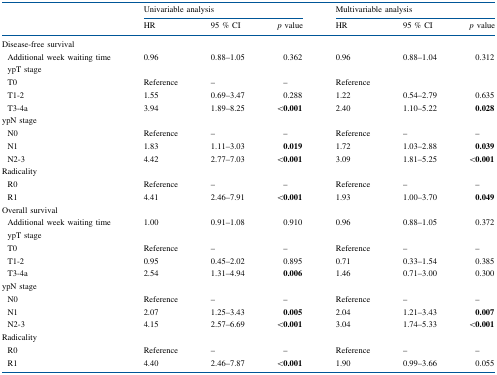
<table><thead><tr><td></td><td colspan="3"><b>Univariable analysis</b></td><td colspan="3"><b>Multivariable analysis</b></td></tr><tr><td></td><td><b>HR</b></td><td><b>95 % CI</b></td><td><b><i>p</i> value</b></td><td><b>HR</b></td><td><b>95 % CI</b></td><td><b><i>p</i> value</b></td></tr></thead><tbody><tr><td colspan="7">Disease-free survival</td></tr><tr><td> Additional week waiting time</td><td>0.96</td><td>0.88–1.05</td><td>0.362</td><td>0.96</td><td>0.88–1.04</td><td>0.312</td></tr><tr><td colspan="7"> ypT stage</td></tr><tr><td> T0</td><td>Reference</td><td>–</td><td>–</td><td>Reference</td><td></td><td></td></tr><tr><td> T1-2</td><td>1.55</td><td>0.69–3.47</td><td>0.288</td><td>1.22</td><td>0.54–2.79</td><td>0.635</td></tr><tr><td> T3-4a</td><td>3.94</td><td>1.89–8.25</td><td><b>&lt;0.001</b></td><td>2.40</td><td>1.10–5.22</td><td><b>0.028</b></td></tr><tr><td colspan="7">ypN stage</td></tr><tr><td> N0</td><td>Reference</td><td>–</td><td>–</td><td>Reference</td><td>–</td><td>–</td></tr><tr><td> N1</td><td>1.83</td><td>1.11–3.03</td><td><b>0.019</b></td><td>1.72</td><td>1.03–2.88</td><td><b>0.039</b></td></tr><tr><td> N2-3</td><td>4.42</td><td>2.77–7.03</td><td><b>&lt;0.001</b></td><td>3.09</td><td>1.81–5.25</td><td><b>&lt;0.001</b></td></tr><tr><td colspan="7">Radicality</td></tr><tr><td> R0</td><td>Reference</td><td>–</td><td>–</td><td>Reference</td><td>–</td><td>–</td></tr><tr><td> R1</td><td>4.41</td><td>2.46–7.91</td><td><b>&lt;0.001</b></td><td>1.93</td><td>1.00–3.70</td><td><b>0.049</b></td></tr><tr><td colspan="7">Overall survival</td></tr><tr><td> Additional week waiting time</td><td>1.00</td><td>0.91–1.08</td><td>0.910</td><td>0.96</td><td>0.88–1.05</td><td>0.372</td></tr><tr><td colspan="7"> ypT stage</td></tr><tr><td> T0</td><td>Reference</td><td>–</td><td>–</td><td>Reference</td><td>–</td><td>–</td></tr><tr><td> T1-2</td><td>0.95</td><td>0.45–2.02</td><td>0.895</td><td>0.71</td><td>0.33–1.54</td><td>0.385</td></tr><tr><td> T3-4a</td><td>2.54</td><td>1.31–4.94</td><td><b>0.006</b></td><td>1.46</td><td>0.71–3.00</td><td>0.300</td></tr><tr><td colspan="7">ypN stage</td></tr><tr><td> N0</td><td>Reference</td><td>–</td><td>–</td><td>Reference</td><td>–</td><td>–</td></tr><tr><td> N1</td><td>2.07</td><td>1.25–3.43</td><td><b>0.005</b></td><td>2.04</td><td>1.21–3.43</td><td><b>0.007</b></td></tr><tr><td> N2-3</td><td>4.15</td><td>2.57–6.69</td><td><b>&lt;0.001</b></td><td>3.04</td><td>1.74–5.33</td><td><b>&lt;0.001</b></td></tr><tr><td colspan="7">Radicality</td></tr><tr><td> R0</td><td>Reference</td><td>–</td><td>–</td><td>Reference</td><td>–</td><td>–</td></tr><tr><td> R1</td><td>4.40</td><td>2.46–7.87</td><td><b>&lt;0.001</b></td><td>1.90</td><td>0.99–3.66</td><td>0.055</td></tr></tbody></table>